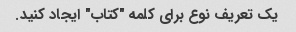
یک تعریف نوع برای کلمه "کتاب" ایجاد کنید.